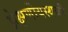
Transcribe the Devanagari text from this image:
प्रेक्षणीयस्थळी